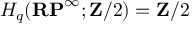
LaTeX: H _ { q } ( \mathbf { R P } ^ { \infty } ; \mathbf { Z } / 2 ) = \mathbf { Z } / 2